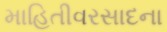
માહિતીવરસાદના